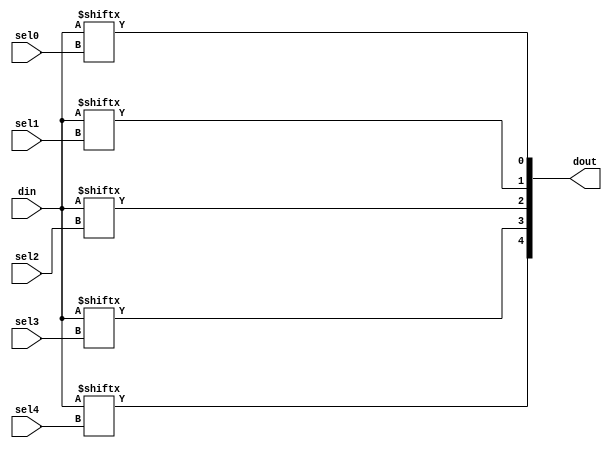
module FiveBitSelector(sel0, sel1, sel2, sel3, sel4, din, dout);
    input [4:0] sel0, sel1, sel2, sel3, sel4;
    input [24:0] din;
    output [4:0] dout;

    assign dout = {din[sel4], din[sel3], din[sel2], din[sel1], din[sel0]};
endmodule